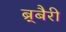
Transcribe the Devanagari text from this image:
ब्र्बैरी